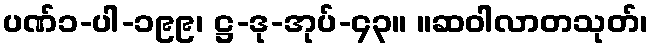
ပဏ်၁-ပါ-၁၉၉၊ ဋ္ဌ-ဒု-အုပ်-၄၃။ ။ဆဝါလာတသုတ်၊